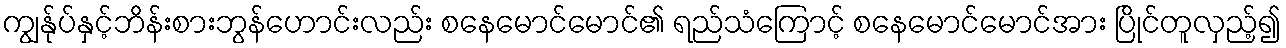
ကျွန်ုပ်နှင့်ဘိန်းစားဘွန်ဟောင်းလည်း စနေမောင်မောင်၏ ရည်သံကြောင့် စနေမောင်မောင်အား ပြိုင်တူလှည့်၍